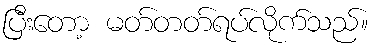
ပြီးတော့ မတ်တတ်ရပ်လိုက်သည်။